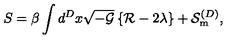
S = \beta \int d ^ { D } x \sqrt { - { \cal { G } } } \left\{ { \cal { R } } - 2 \lambda \right\} + { \cal { S } } _ { \mathrm { { m } } } ^ { ( D ) } ,